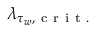
\lambda _ { \tau _ { w } , \mathrm { ~ c ~ r ~ i ~ t ~ . ~ } }